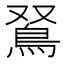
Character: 𩿏